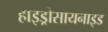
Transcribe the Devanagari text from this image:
हाइड्रोसायनाइड